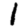
Digit: 1